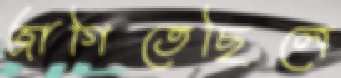
জাগিতেছিলে